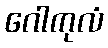
ဂေါကုလံ